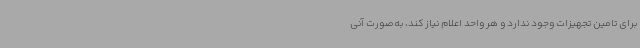
برای تامین تجهیزات وجود ندارد و هر واحد اعلام نیاز کند، به‌صورت آنی